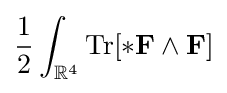
{\frac {1}{2}}\int _{\mathbb {R} ^{4}}\operatorname {Tr} [*\mathbf {F} \wedge \mathbf {F} ]